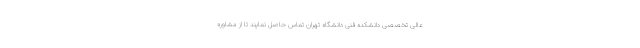
عالی تخصصی دانشکده فنی دانشگاه تهران تماس حاصل نمایند تا از مشاوره